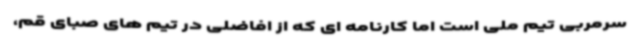
سرمربی تیم ملی است اما کارنامه ای که از افاضلی در تیم های صبای قم،